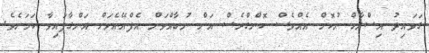
ގަވައިދު އިސްލާހް ނުކޮށް އެއްވެސް ކޮންގްރެސް އަށް ނުބާއްވަން އެފްއޭއެމަށް އަންގާފައިވާ ކަމަށެވެ.